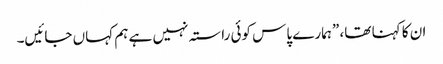
ان کا کہنا تھا، ”ہمارے پاس کوئی راستہ نہیں ہے ہم کہاں جائیں۔